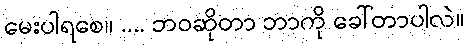
မေးပါရစေ။ .... ဘဝဆိုတာ ဘာကို ခေါ်တာပါလဲ။